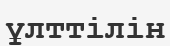
ұлттілін